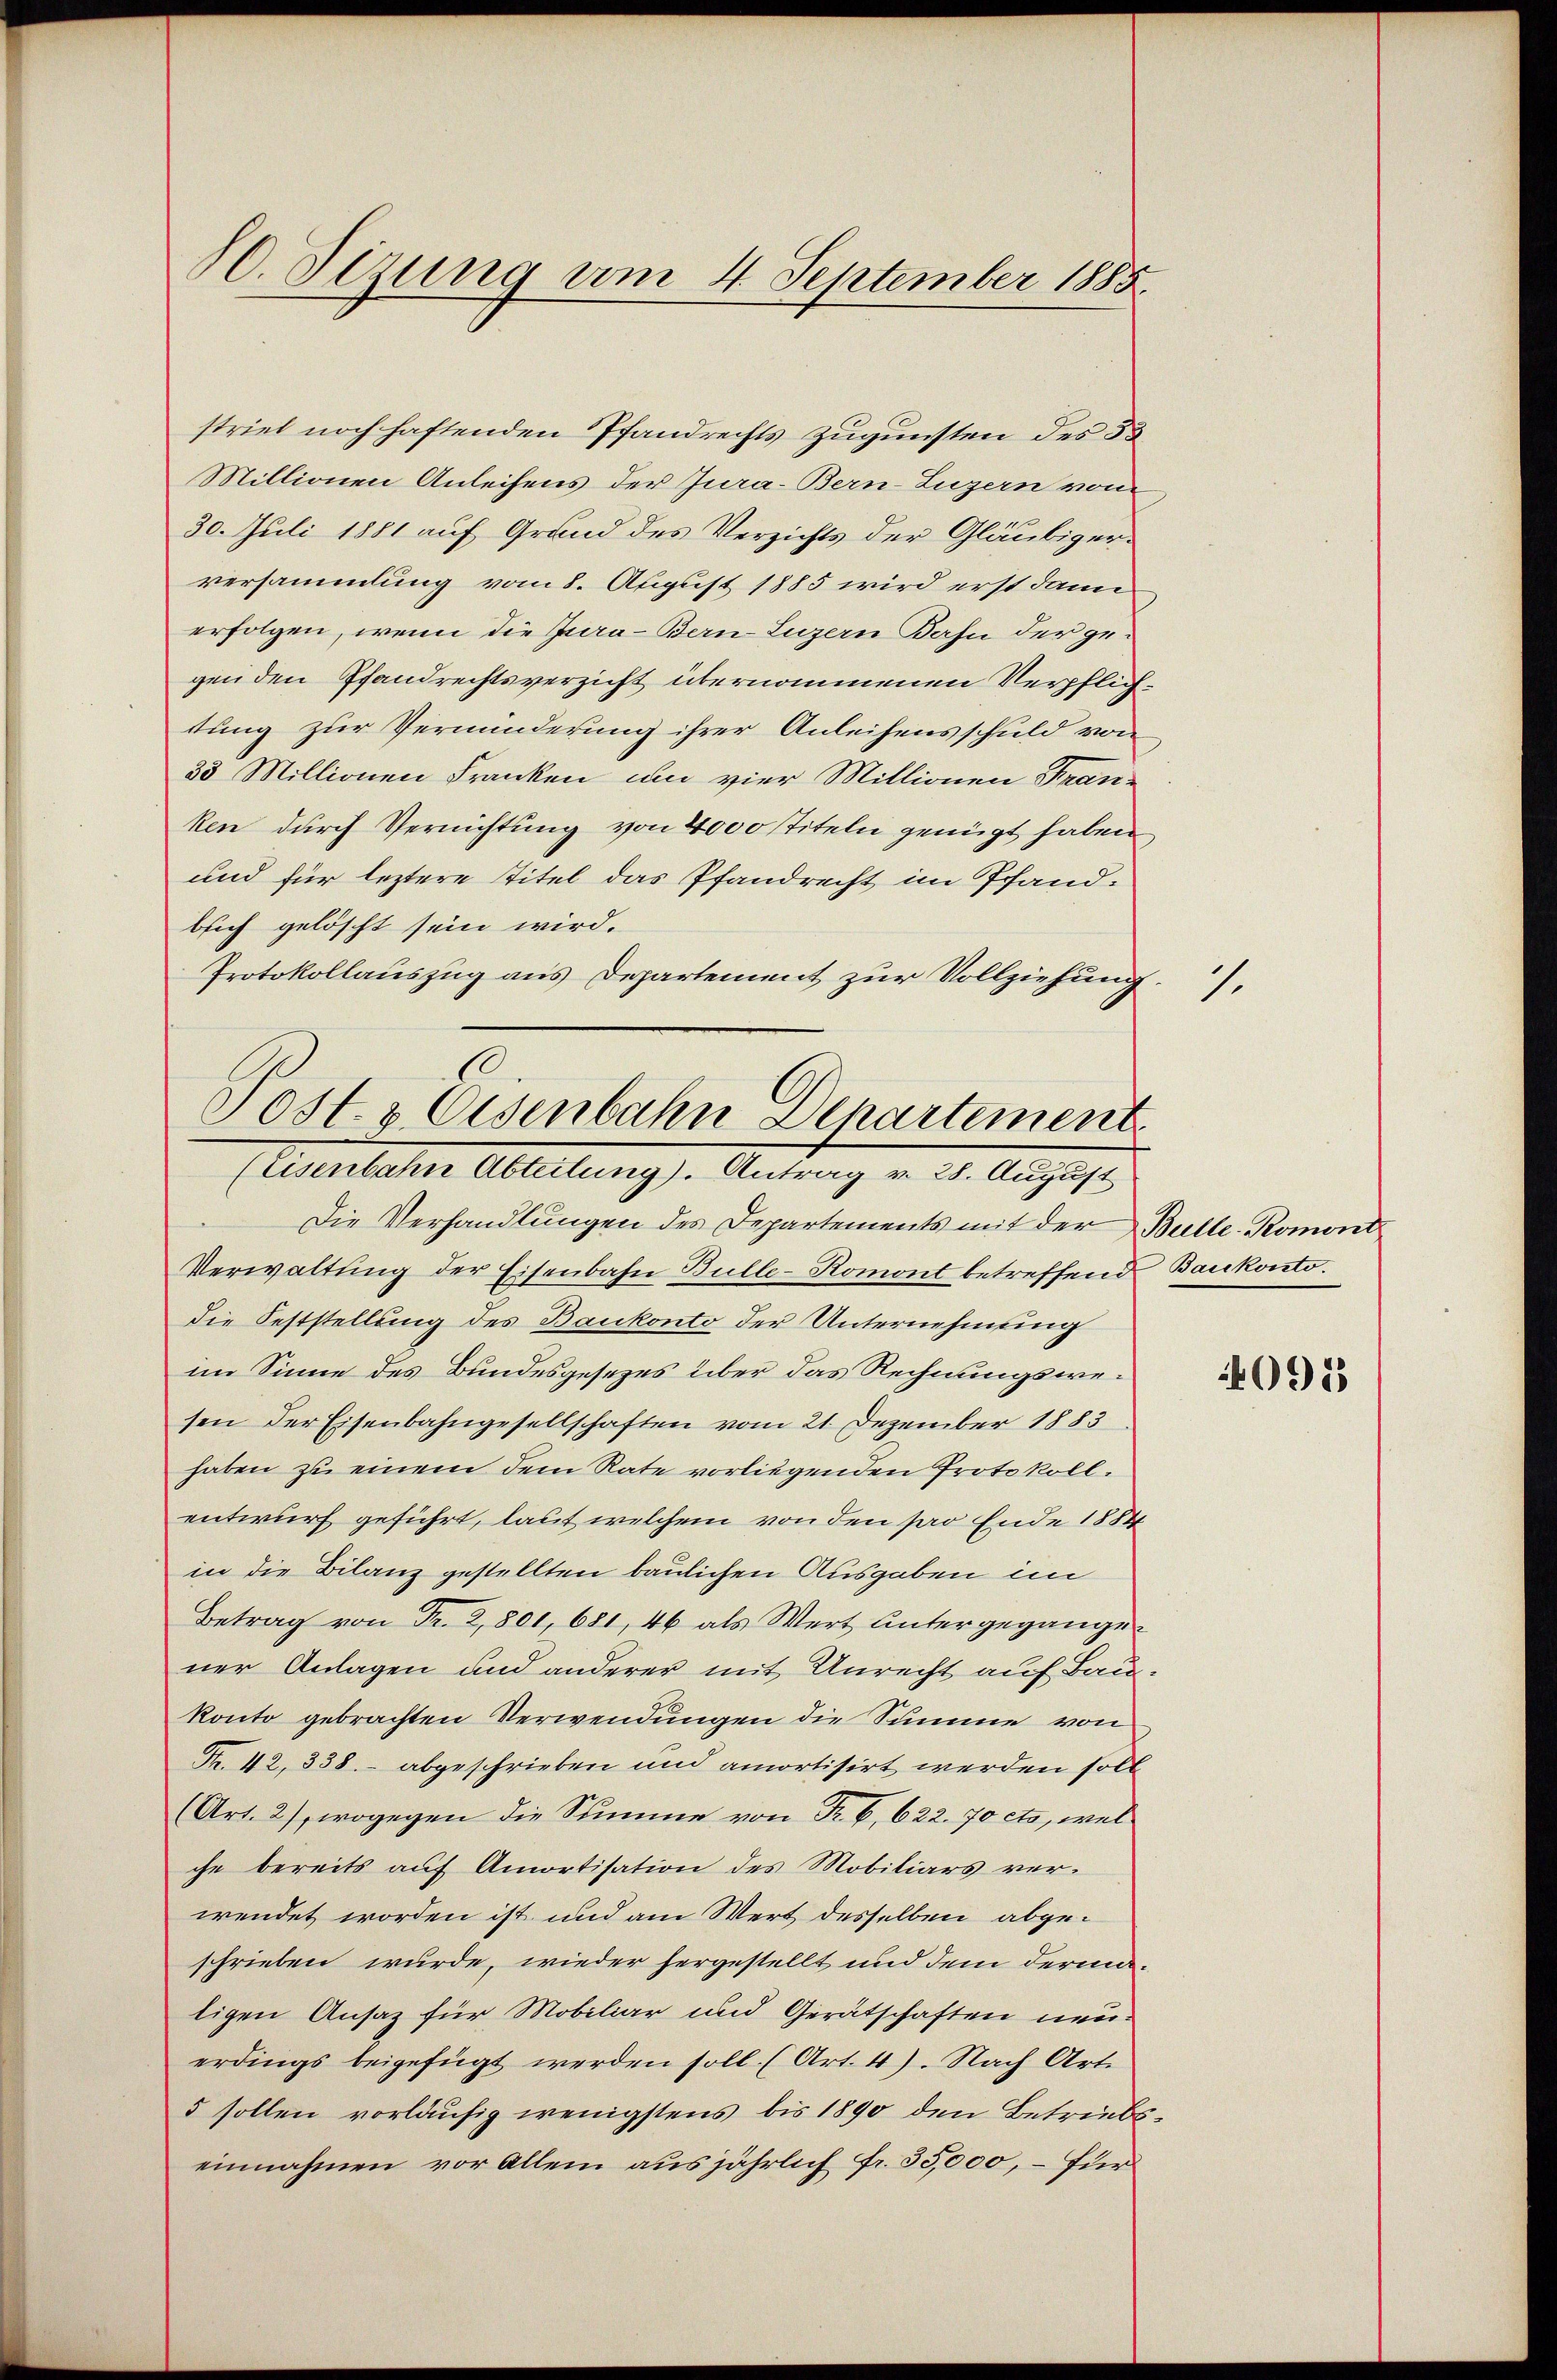
10. Sizung am 4. September 1885

striel noch haftenden Pfandrechts zugunsten des 33
Millionen Anleihens der Jura. Bern-Luzern vom
30. Juli 1881 auf Grund des Verzichts der Gläubigerversammlung vom 8. August 1885 wird erst dann
erfolgen, wenn die Jura-Bern Luzern Bahn der gegen den Pfandrechtsverzicht übernommenen Verpflichtung zur Verminderung ihrer Anleihens schuld von
33 Millionen Franken um vier Millionen Fran-
ken durch Vernichtung von 2000 Titeln genügt haben,
und für leztere Titel das Pfandrecht im Pfandbsich gelöscht sein wird.
Protokollauszug aus Departement zur Vollziehung
Die Verhandlungen des Departements mit der Bulle-Romont
Verwaltung der Eisenbahn Bulle-Romont betreffend Baukonto.
die Feststellung des Baukonto der Unternehmung
im Sinne des Bundesgesezes über das Rechnungswesen der Eisenbahngesellschaften vom 21. Dezember 1883.
haben zu einem dem Rate vorliegenden Protokoll.
entwurf geführt, laut welchem von den par Ende 1884
in die Bilanz gestellten baulichen Ausgaben im
Betrag von Fr. 2,801, 681, 46 als Wert untergegangener Anlagen und anderer mit Unrecht auf Baukonto gebrachten Verwendungen die Summe von
Fr. 42, 338.- abgeschrieben und amortisirt werden soll
(Art. 2), wogegen die Summe von Fr. B,622. 70 cts, welche bereits auf Amortisation des Mobiliars verwendet worden ist und am Wert desselben abgeschrieben wurde, wieder hergestellt und dem dermaligen Ansatz für Mobiliar und Gerätschaften neuerdings beigefügt werden soll. (Art. 4). Nach Art.
5 sollen vorläufig wenigstens bis 1890 den Betriebseinnahmen vor Allem aus jährlich fr. 35,000, – für

Post- & Eisenbahn Departement
(Eisenbahn Abteilung). Antrag v. 28. August

1.

4095